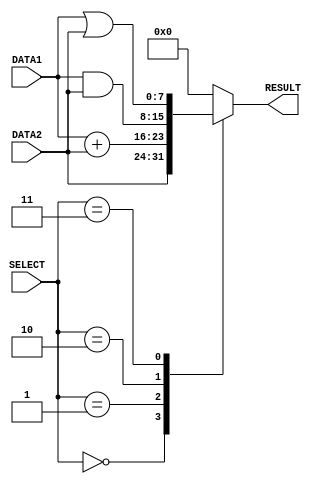
module alu(DATA1,DATA2,RESULT,SELECT);
//define inputs
	input [7:0]DATA1,DATA2;
	input [2:0]SELECT;
//define output 
	output[7:0]RESULT;
	reg RESULT;
	
	always @ (DATA1,DATA2,SELECT)
	/*
	we can always use always @(*)
	output keeps its value untill it changes
	*/
	begin
		case(SELECT)
		3'b000:
			//forward data2 to result
			//latency = 1
			RESULT = #1 DATA2;
		
		3'b001:
			//ADD data1,data2
			//latency = 2
			RESULT = #2 DATA1 + DATA2;
		3'b010:
			//AND
			//latency = 1
			RESULT = #1 DATA1 & DATA2;
		3'b011:
			//OR
			//latency = 1
			RESULT = #1 DATA1 | DATA2;
		
		default:
			//This is reserved
			RESULT = 8'b00000000;	
		endcase
	end
endmodule